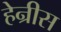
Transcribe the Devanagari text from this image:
हेन्रीस